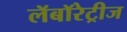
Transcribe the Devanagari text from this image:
लॅबॉरेट्रीज